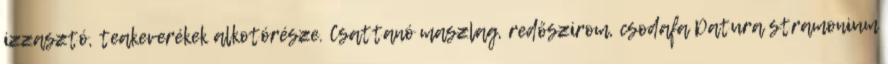
izzasztó, teakeverékek alkotórésze. Csattanó maszlag, redőszirom, csodafa Datura stramonium